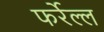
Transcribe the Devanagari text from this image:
फर्रेल्ल